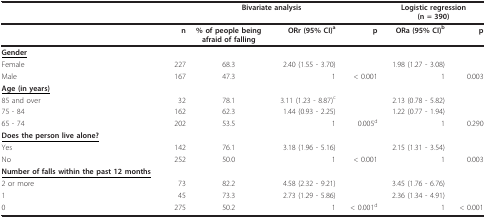
<table><thead><tr><td></td><td colspan="4"><b>Bivariate analysis</b></td><td colspan="2"><b>Logistic regression(n = 390)</b></td></tr></thead><tbody><tr><td></td><td><b>n</b></td><td><b>% of people being afraid of falling</b></td><td><b>ORr (95% CI)<sup>a</sup></b></td><td><b>p</b></td><td><b>ORa (95% CI)<sup>b</sup></b></td><td><b>p</b></td></tr><tr><td><b><underline>Gender</underline></b></td><td></td><td></td><td></td><td></td><td></td><td></td></tr><tr><td>Female</td><td>227</td><td>68.3</td><td>2.40 (1.55 - 3.70)</td><td></td><td>1.98 (1.27 - 3.08)</td><td></td></tr><tr><td>Male</td><td>167</td><td>47.3</td><td>1</td><td>&lt; 0.001</td><td>1</td><td>0.003</td></tr><tr><td><b><underline>Age (in years)</underline></b></td><td></td><td></td><td></td><td></td><td></td><td></td></tr><tr><td>85 and over</td><td>32</td><td>78.1</td><td>3.11 (1.23 - 8.87)<sup>c</sup></td><td></td><td>2.13 (0.78 - 5.82)</td><td></td></tr><tr><td>75 - 84</td><td>162</td><td>62.3</td><td>1.44 (0.93 - 2.25)</td><td></td><td>1.22 (0.77 - 1.94)</td><td></td></tr><tr><td>65 - 74</td><td>202</td><td>53.5</td><td>1</td><td>0.005<sup>d</sup></td><td>1</td><td>0.290</td></tr><tr><td><b><underline>Does the person live alone?</underline></b></td><td></td><td></td><td></td><td></td><td></td><td></td></tr><tr><td>Yes</td><td>142</td><td>76.1</td><td>3.18 (1.96 - 5.16)</td><td></td><td>2.15 (1.31 - 3.54)</td><td></td></tr><tr><td>No</td><td>252</td><td>50.0</td><td>1</td><td>&lt; 0.001</td><td>1</td><td>0.003</td></tr><tr><td><b><underline>Number of falls within the past 12 months</underline></b></td><td></td><td></td><td></td><td></td><td></td><td></td></tr><tr><td>2 or more</td><td>73</td><td>82.2</td><td>4.58 (2.32 - 9.21)</td><td></td><td>3.45 (1.76 - 6.76)</td><td></td></tr><tr><td>1</td><td>45</td><td>73.3</td><td>2.73 (1.29 - 5.86)</td><td></td><td>2.36 (1.34 - 4.91)</td><td></td></tr><tr><td>0</td><td>275</td><td>50.2</td><td>1</td><td>&lt; 0.001<sup>d</sup></td><td>1</td><td>&lt; 0.001</td></tr></tbody></table>